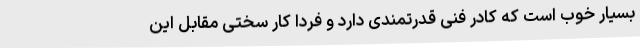
بسیار خوب است که کادر فنی قدرتمندی دارد و فردا کار سختی مقابل این